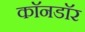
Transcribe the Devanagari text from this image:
काॅनडाॅर